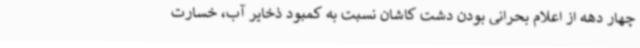
چهار دهه از اعلام بحرانی بودن دشت کاشان نسبت به کمبود ذخایر آب، خسارت